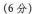
(6分)